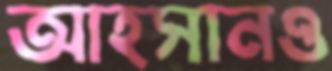
আহসানও